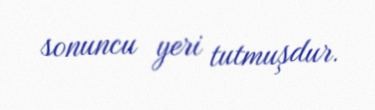
sonuncu yeri tutmuşdur.